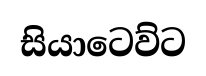
සියාටෙව්ට